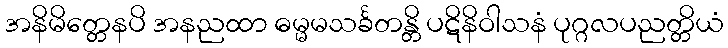
အနိမိတ္တေနပိ အနညထာ ဓမ္မမသင်္ခတန္တိ ပဋိနိဝါသနံ ပုဂ္ဂလပညတ္တိယံ